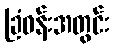
ခြံဝန်းအတွင်း